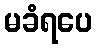
မခံရပေ